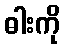
ဓါးကို